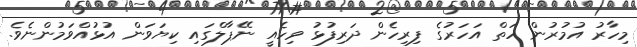
މިހާރު އުމުރުން ހަތް އަހަރުގެ ފިރިހެން ދަރިފުޅު ވިހެއީ ނޭޕާލްގައި ކިޔަވަން އުޅުއްވަމުންނެވެ.